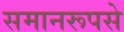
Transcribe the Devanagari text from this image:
समानरूपसे